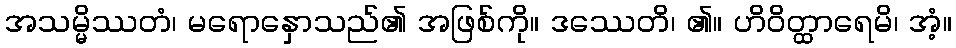
အသမ္မိဿတံ၊ မရောနှောသည်၏ အဖြစ်ကို။ ဒဿေတိ၊ ၏။ ဟိဝိတ္ထာရေမိ၊ အံ့။